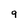
Character: 9